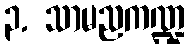
၃. သာမညကဏ္ဍ